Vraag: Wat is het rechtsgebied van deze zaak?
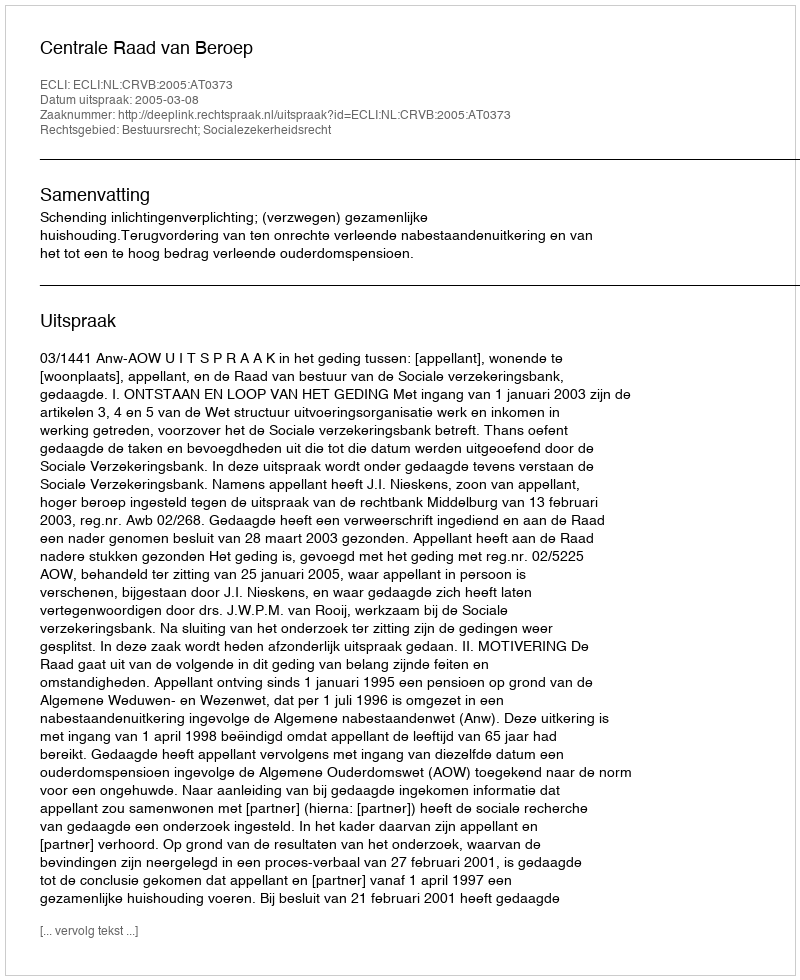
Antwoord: Bestuursrecht; Socialezekerheidsrecht